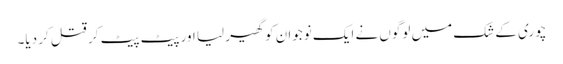
چوری کے شک میں لوگوں نے ایک نوجوان کو گھیر لیا اور پیٹ پیٹ کر قتل کر دیا۔